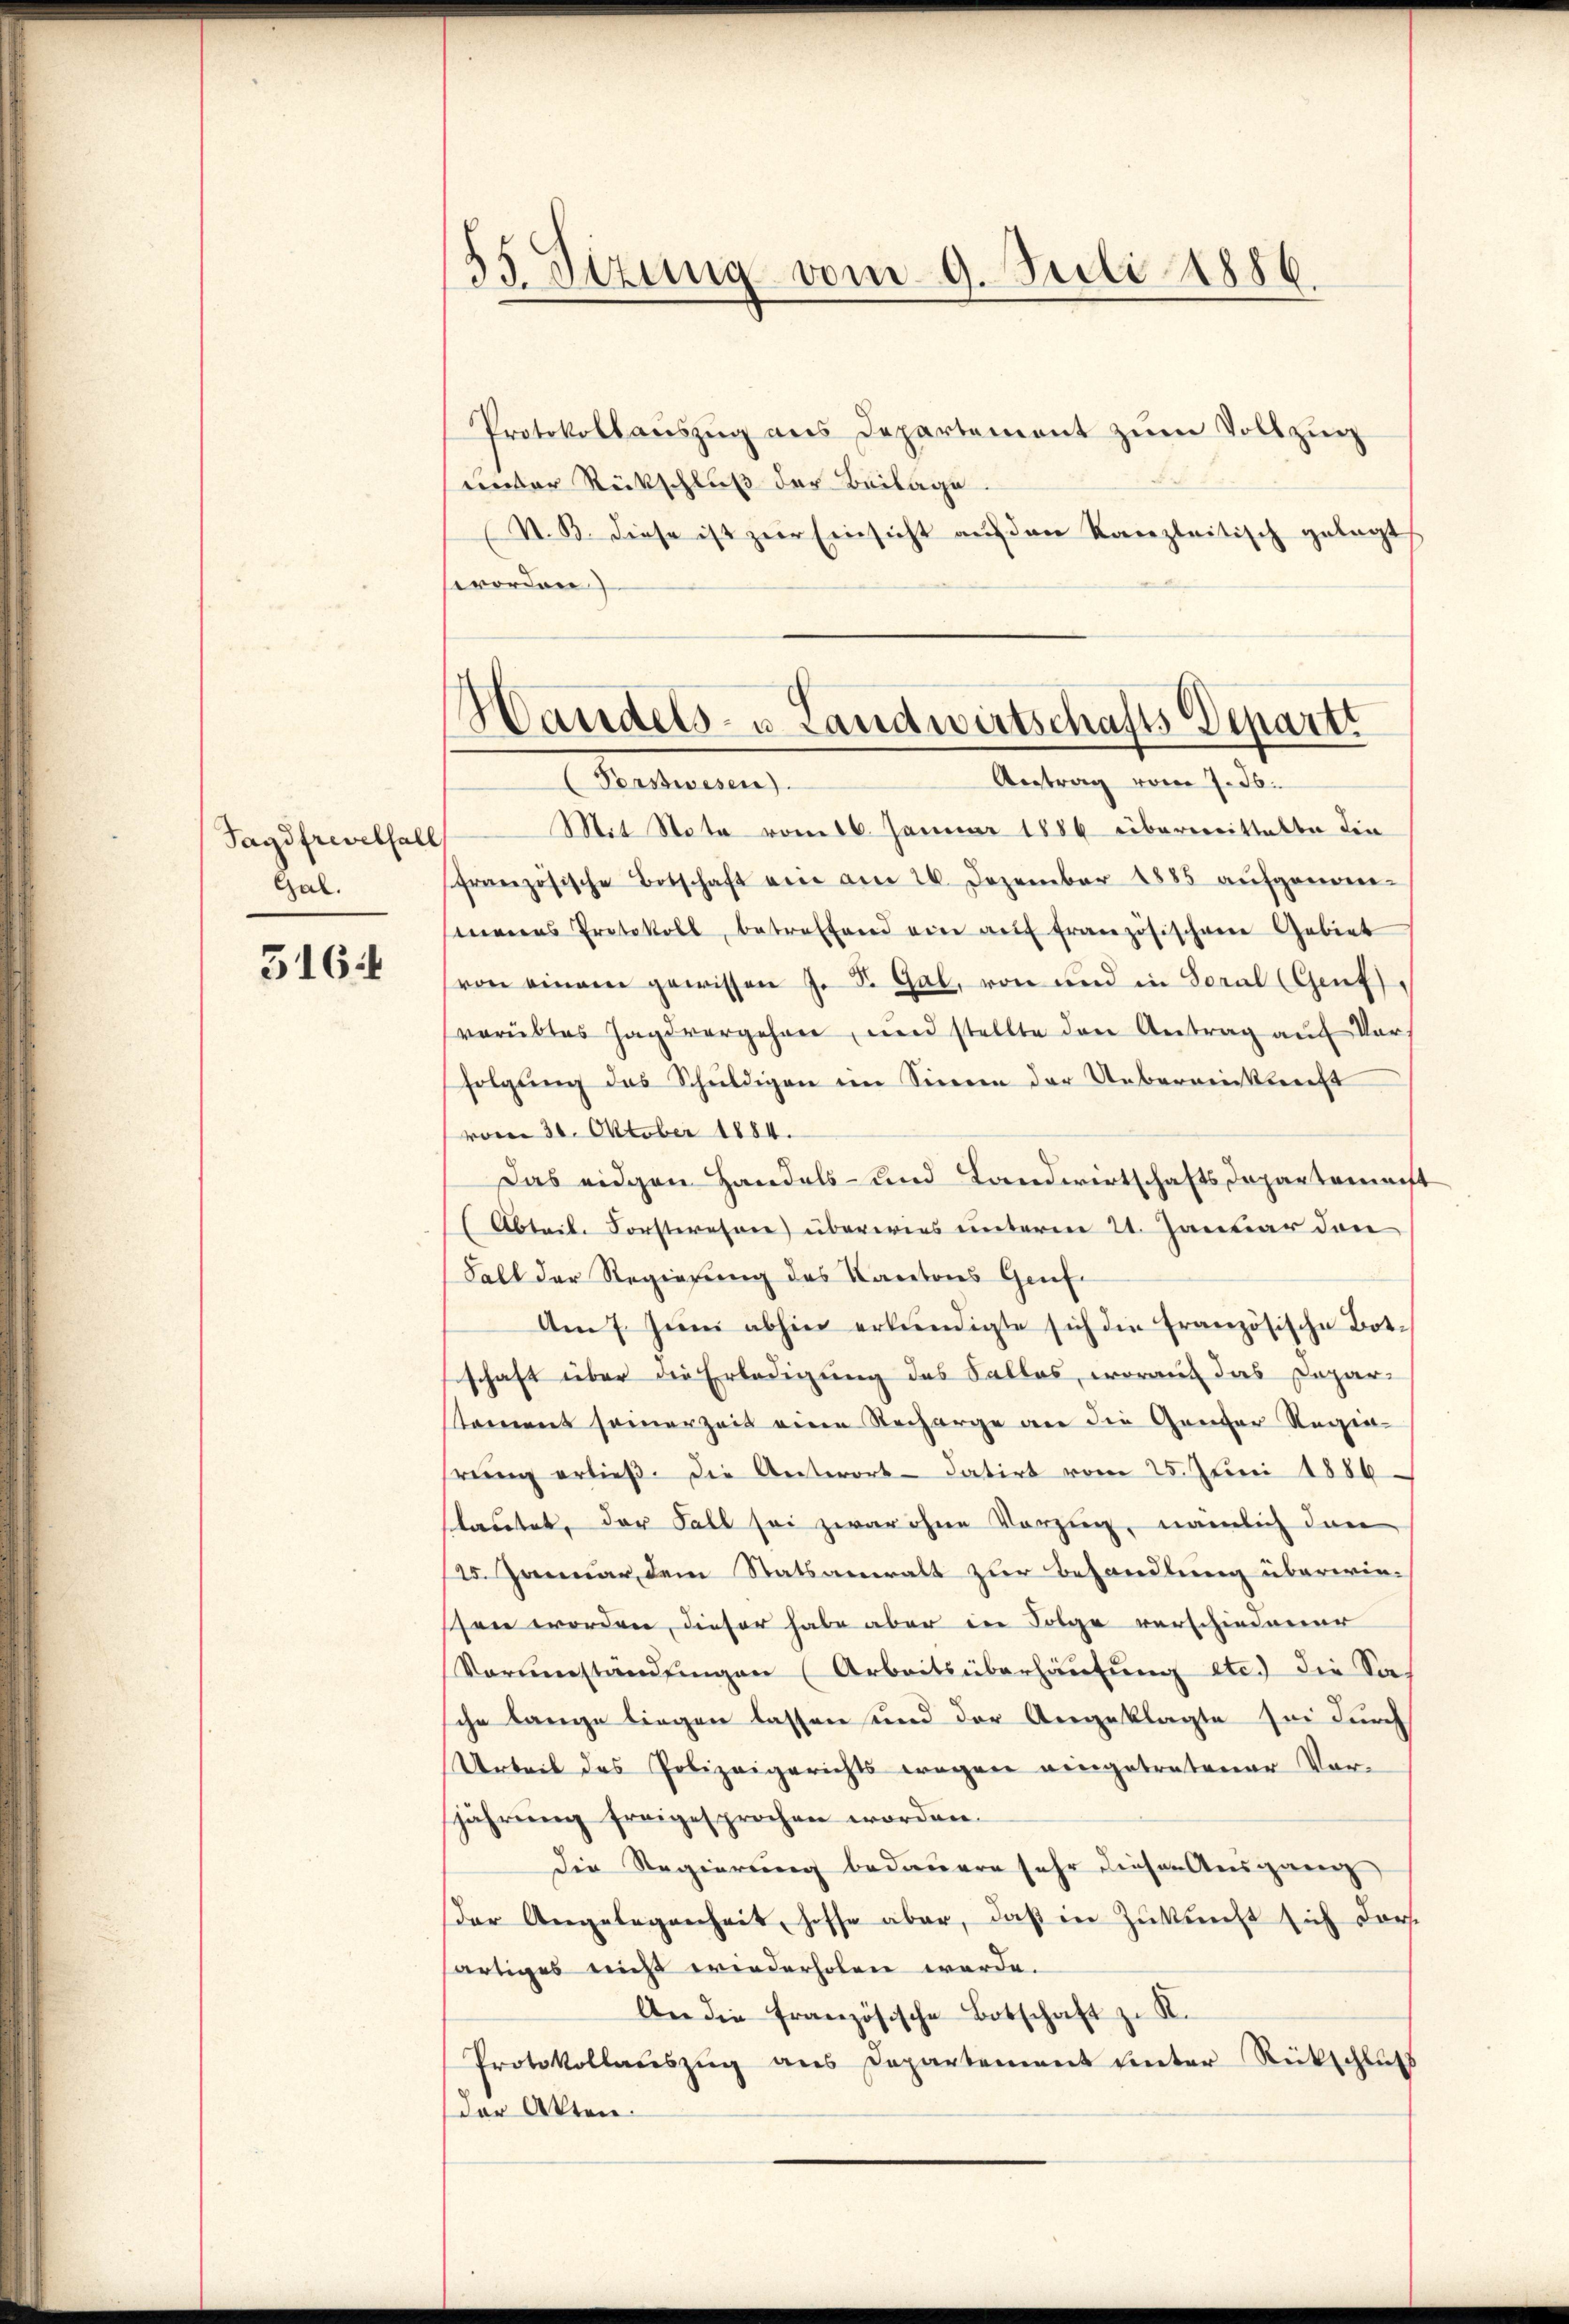
Tagdfrevelhall
Gal.

5164

33. Sizung vom 9. Juli 1886.

Protokollauszug aus Departement zum Vollzug
unter Rückschluß der Beilage.
N.B. diese ist zŭr Einsicht aŭf den Kanzleitisch gelegt
worden)

Handels- u. Landwirtschafts Departi

Antrag vom 7. J.
Torswesen).
Mit Stata vom 16. Januar 1886 überwittelte die
französische Botschaft eine am 26. Dezember 1885 aufgenom-
meias Protokoll, betreffend ein auf französischene Gebiet
von einem gewissen J. F. Gal, von und in Soral (Genf
vorübles Jagd vergehren, und stellte den Antrag auf Vors
folgung das Schuldigen im Sinnen der Uebereinkunft
vom 30. Oktober 1884.
Das eidgen Handels- und Landwirtschaftsdepartement
Abteile Forstwesen) überwies unterm 21. Januar den
Fall der Regierung des Kantons Genf.
Am 7. Jŭni abhin erkundigte sich die französische Botschaft über die Erledigung des Salles, worauf das Dopar-
stament seinerzeit eine Recharge an die Ganzer Regie-
rung erließ. Die Antwort- datirt vom 25. Juni 1886.
stautet, der Fall sei zwar ohne Vorzug, nämlich dan
25. Januar dem Statsanwalt zur Behandlung überwie-
sen worden, dieser habe aber der Folge verschiedener
Vorŭmständŭngen (Arbeitsüberhaŭsŭng etc.) die Sa-
che lange liegen lassen und der Angeklagte sei durch
Urteil des Polizeigerichts wegen eingetretener Vor-
jährung freigesprochen worden.
Die Regierung bedauern sehr dieser Ausgang
der Angelegenheit, hoffe aber, daβ in Zŭkŭnft sich darf
sartiges nicht wiederholen werde.
An die französische Botschaft zu K.
Protokollauszug aus Departement unter Rückschluß
der Akten.